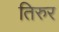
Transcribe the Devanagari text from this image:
तिरुर